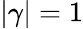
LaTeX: |\gamma|=1